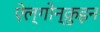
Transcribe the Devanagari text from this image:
ऐल्गोन्क़ुइन